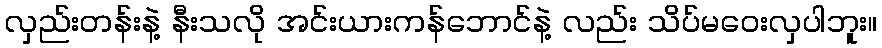
လှည်းတန်းနဲ့ နီးသလို အင်းယားကန်ဘောင်နဲ့ လည်း သိပ်မဝေးလှပါဘူး။